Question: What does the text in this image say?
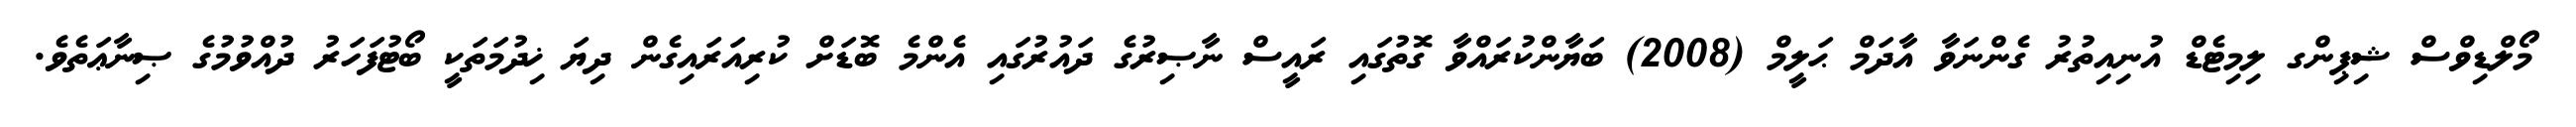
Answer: މޯލްޑިވްސް ޝިޕިންގ ލިމިޓެޑް އުނިއިތުރު ގެންނަވާ އާދަމް ޙަލީމް (2008) ބަޔާންކުރައްވާ ގޮތުގައި ރައީސް ނާޞިރުގެ ދައުރުގައި އެންމެ ބޮޑަށް ކުރިއަރައިގެން ދިޔަ ޚިދުމަތަކީ ބޯޓުފަހަރު ދުއްވުމުގެ ޞިނާޢަތެވެ.